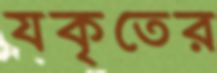
যকৃতের